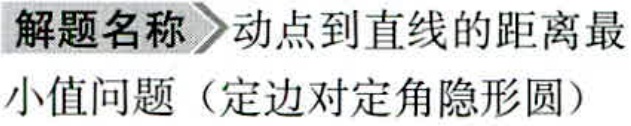
解题名称 动点到直线的距离最小值问题（定边对定角隐形圆）